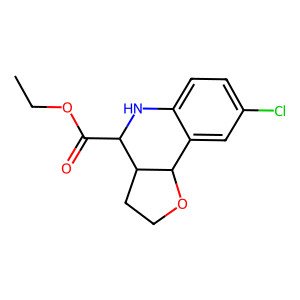
SMILES: CCOC(=O)C1Nc2ccc(Cl)cc2C2OCCC12
Inhibits HIV replication: No